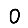
Digit: 0